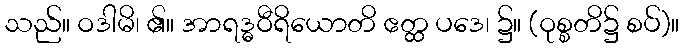
သည်။ ဝဒါမိ၊ ၏။ အာရဒ္ဓဝီရိယောတိ ဧတ္ထ ပဒေ၊ ၌။ (ဝုစ္စတိ၌ စပ်)။